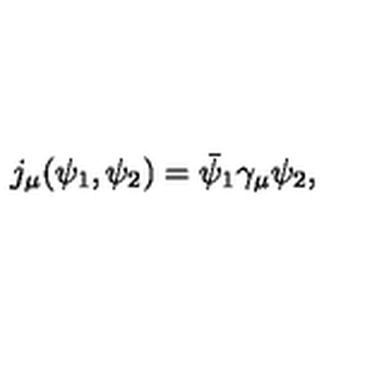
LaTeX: j _ { \mu } ( \psi _ { 1 } , \psi _ { 2 } ) = \bar { \psi } _ { 1 } \gamma _ { \mu } \psi _ { 2 } ,